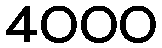
4000